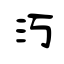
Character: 汅